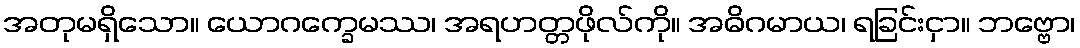
အတုမရှိသော။ ယောဂက္ခေမဿ၊ အရဟတ္တဖိုလ်ကို။ အဓိဂမာယ၊ ရခြင်းငှာ။ ဘဗ္ဗော၊